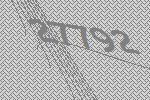
27792